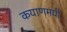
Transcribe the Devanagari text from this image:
कयाणमयी